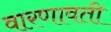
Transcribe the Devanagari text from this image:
वारणावती